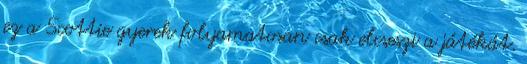
ez a Scottie gyerek folyamatosan csak elcseszi a játékát.